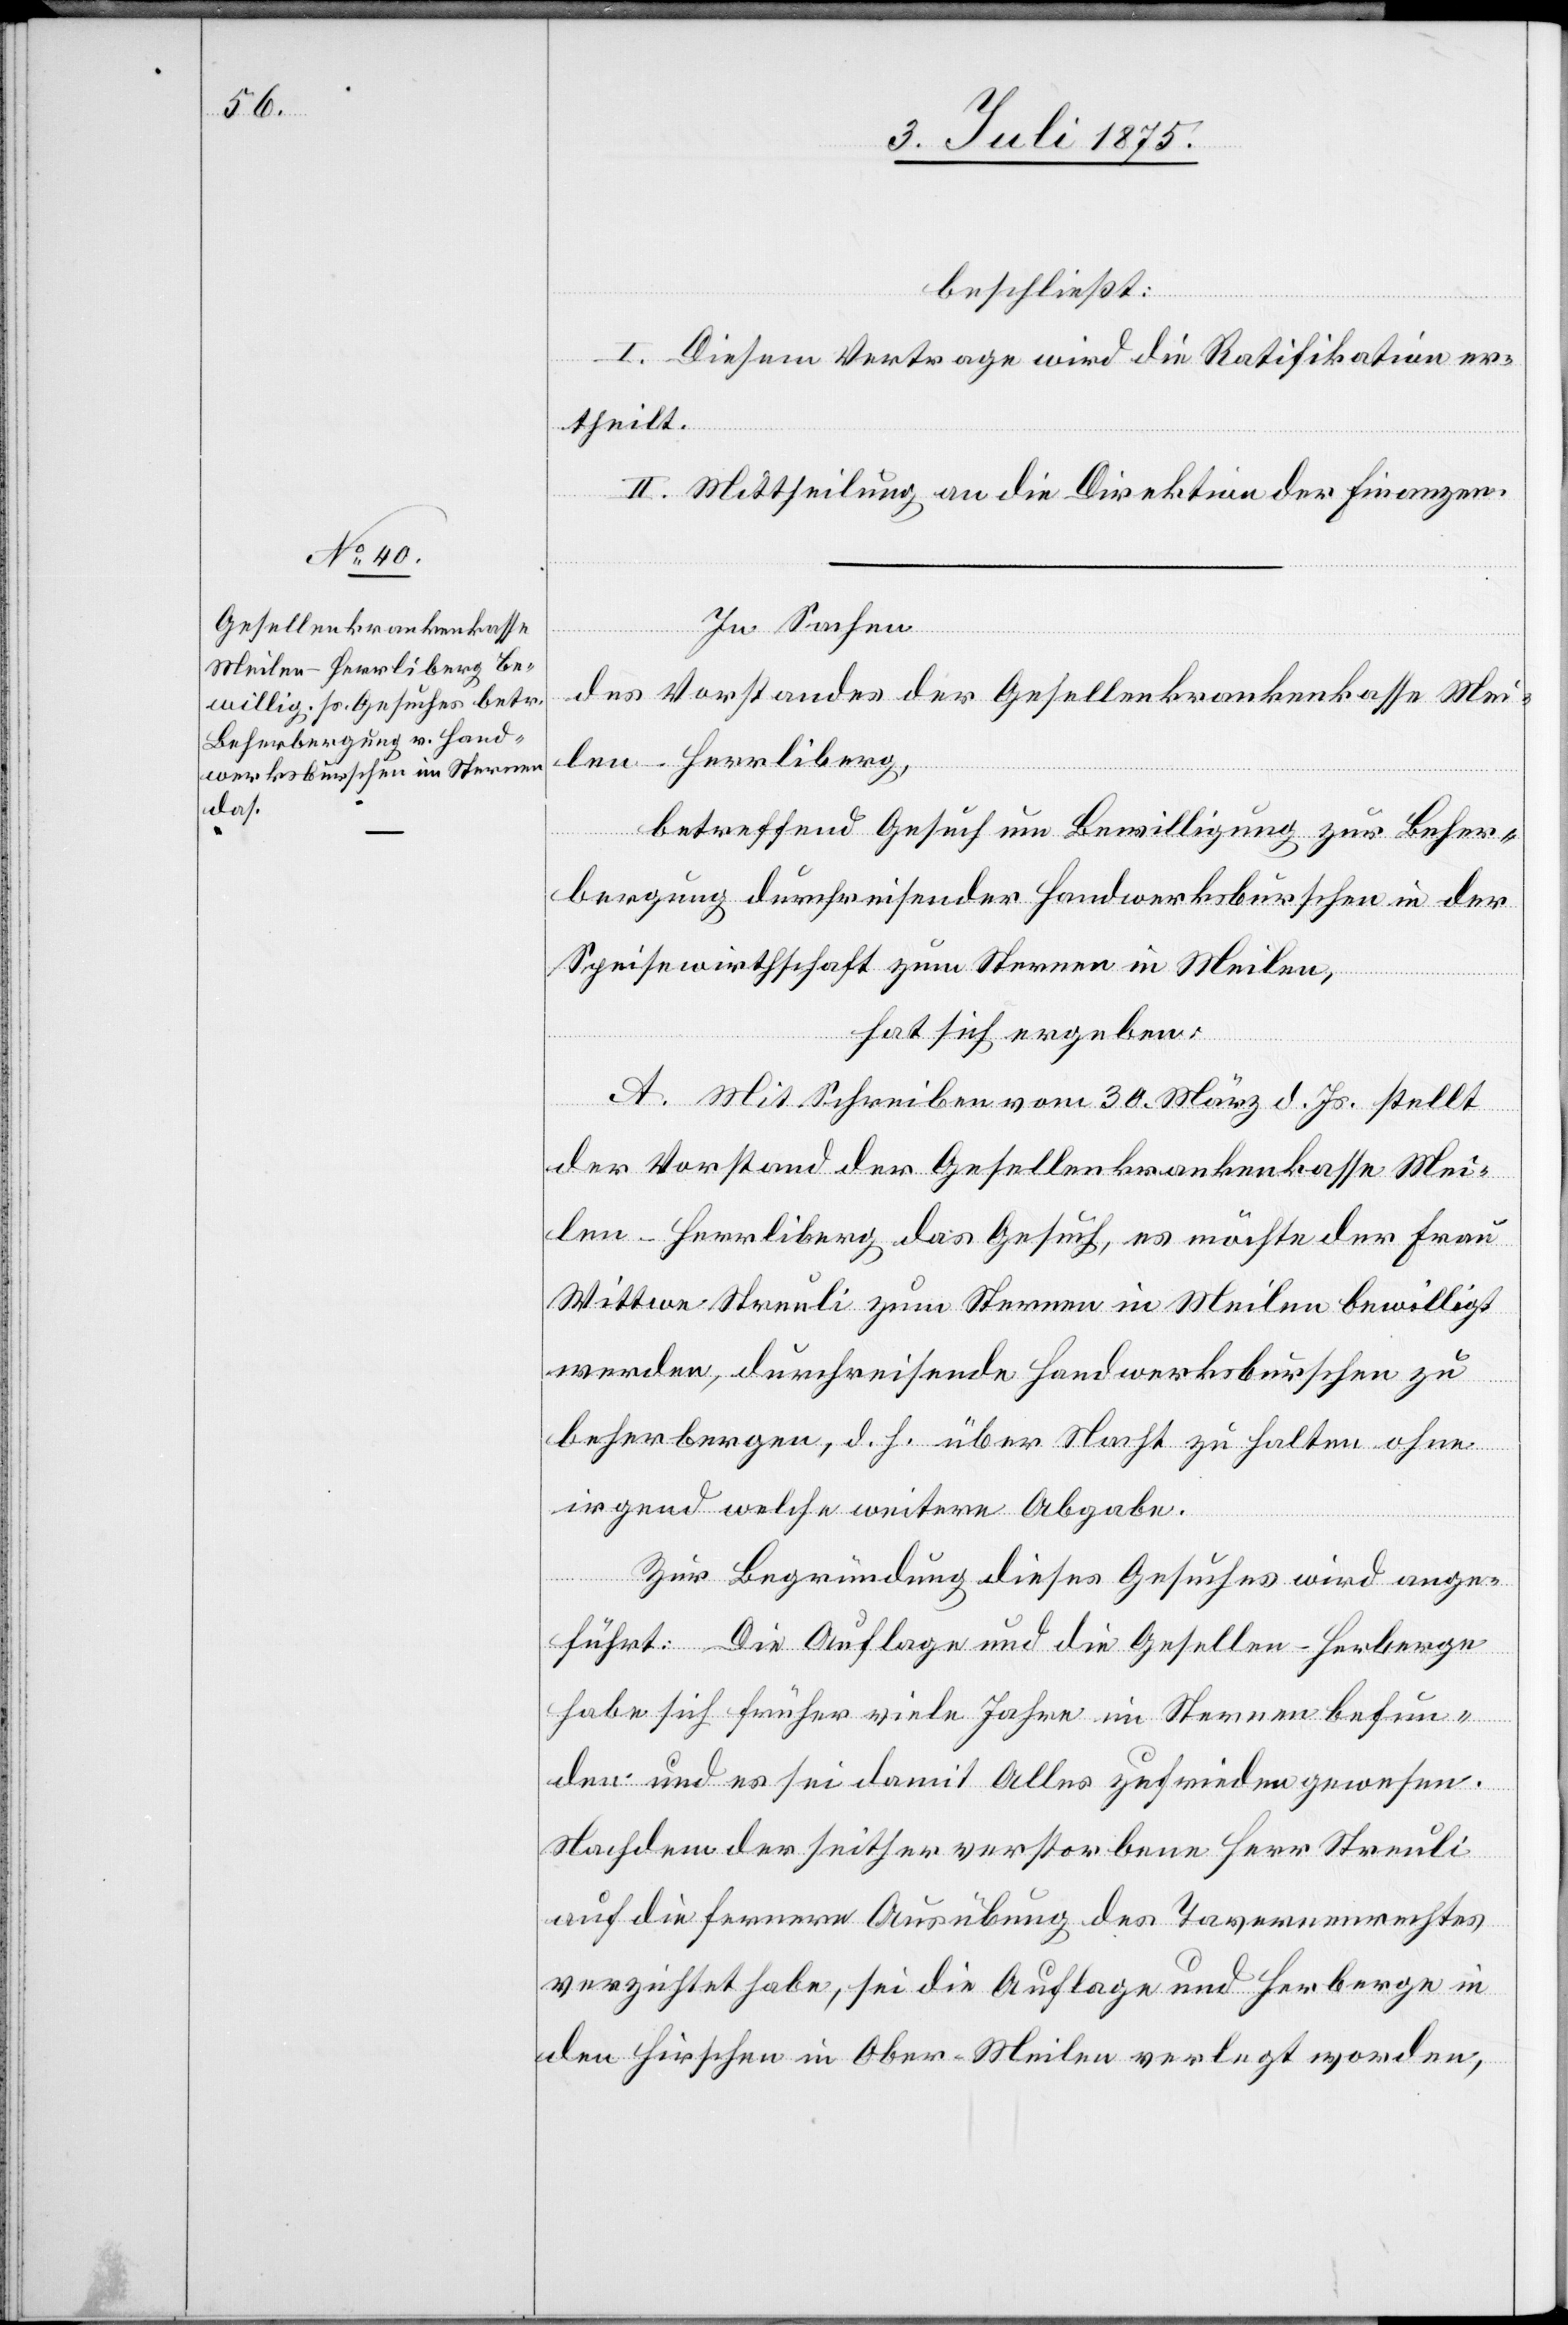
beschließt:
I. Diesem Vertrage wird die Ratifikation er¬
theilt.
II. Mittheilung an die Direktion der Finanzen.
In Sachen
des Vorstandes der Gesellenkrankenkasse Mei¬
len-Herrliberg,
betreffend Gesuch um Bewilligung zur Beher¬
bergung durchreisender Handwerksburschen in der
Speisewirthschaft zum Sternen in Meilen,
hat sich ergeben:
A. Mit Schreiben vom 30. März d. Js. stellt
der Vorstand der Gesellenkrankenkasse Mei¬
len-Herrliberg das Gesuch, es möchte der Frau
Wittwe Streuli zum Sternen in Meilen bewilligt
werden, durchreisende Handwerksburschen zu
beherbergen, d. h. über Nacht zu halten ohne
irgend welche weitere Abgabe.
Zur Begründung dieses Gesuches wird ange¬
führt: Die Auflage und die Gesellen-Herberge
habe sich früher viele Jahre im Sternen befun¬
den und es sei damit Alles zufrieden gewesen.
Nachdem der seither verstorbene Herr Streuli
auf die fernere Ausübung des Tavernenrechtes
verzichtet habe, sei die Auflage und Herberge in
den Hirschen in Ober-Meilen verlegt worden,